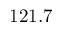
1 2 1 . 7